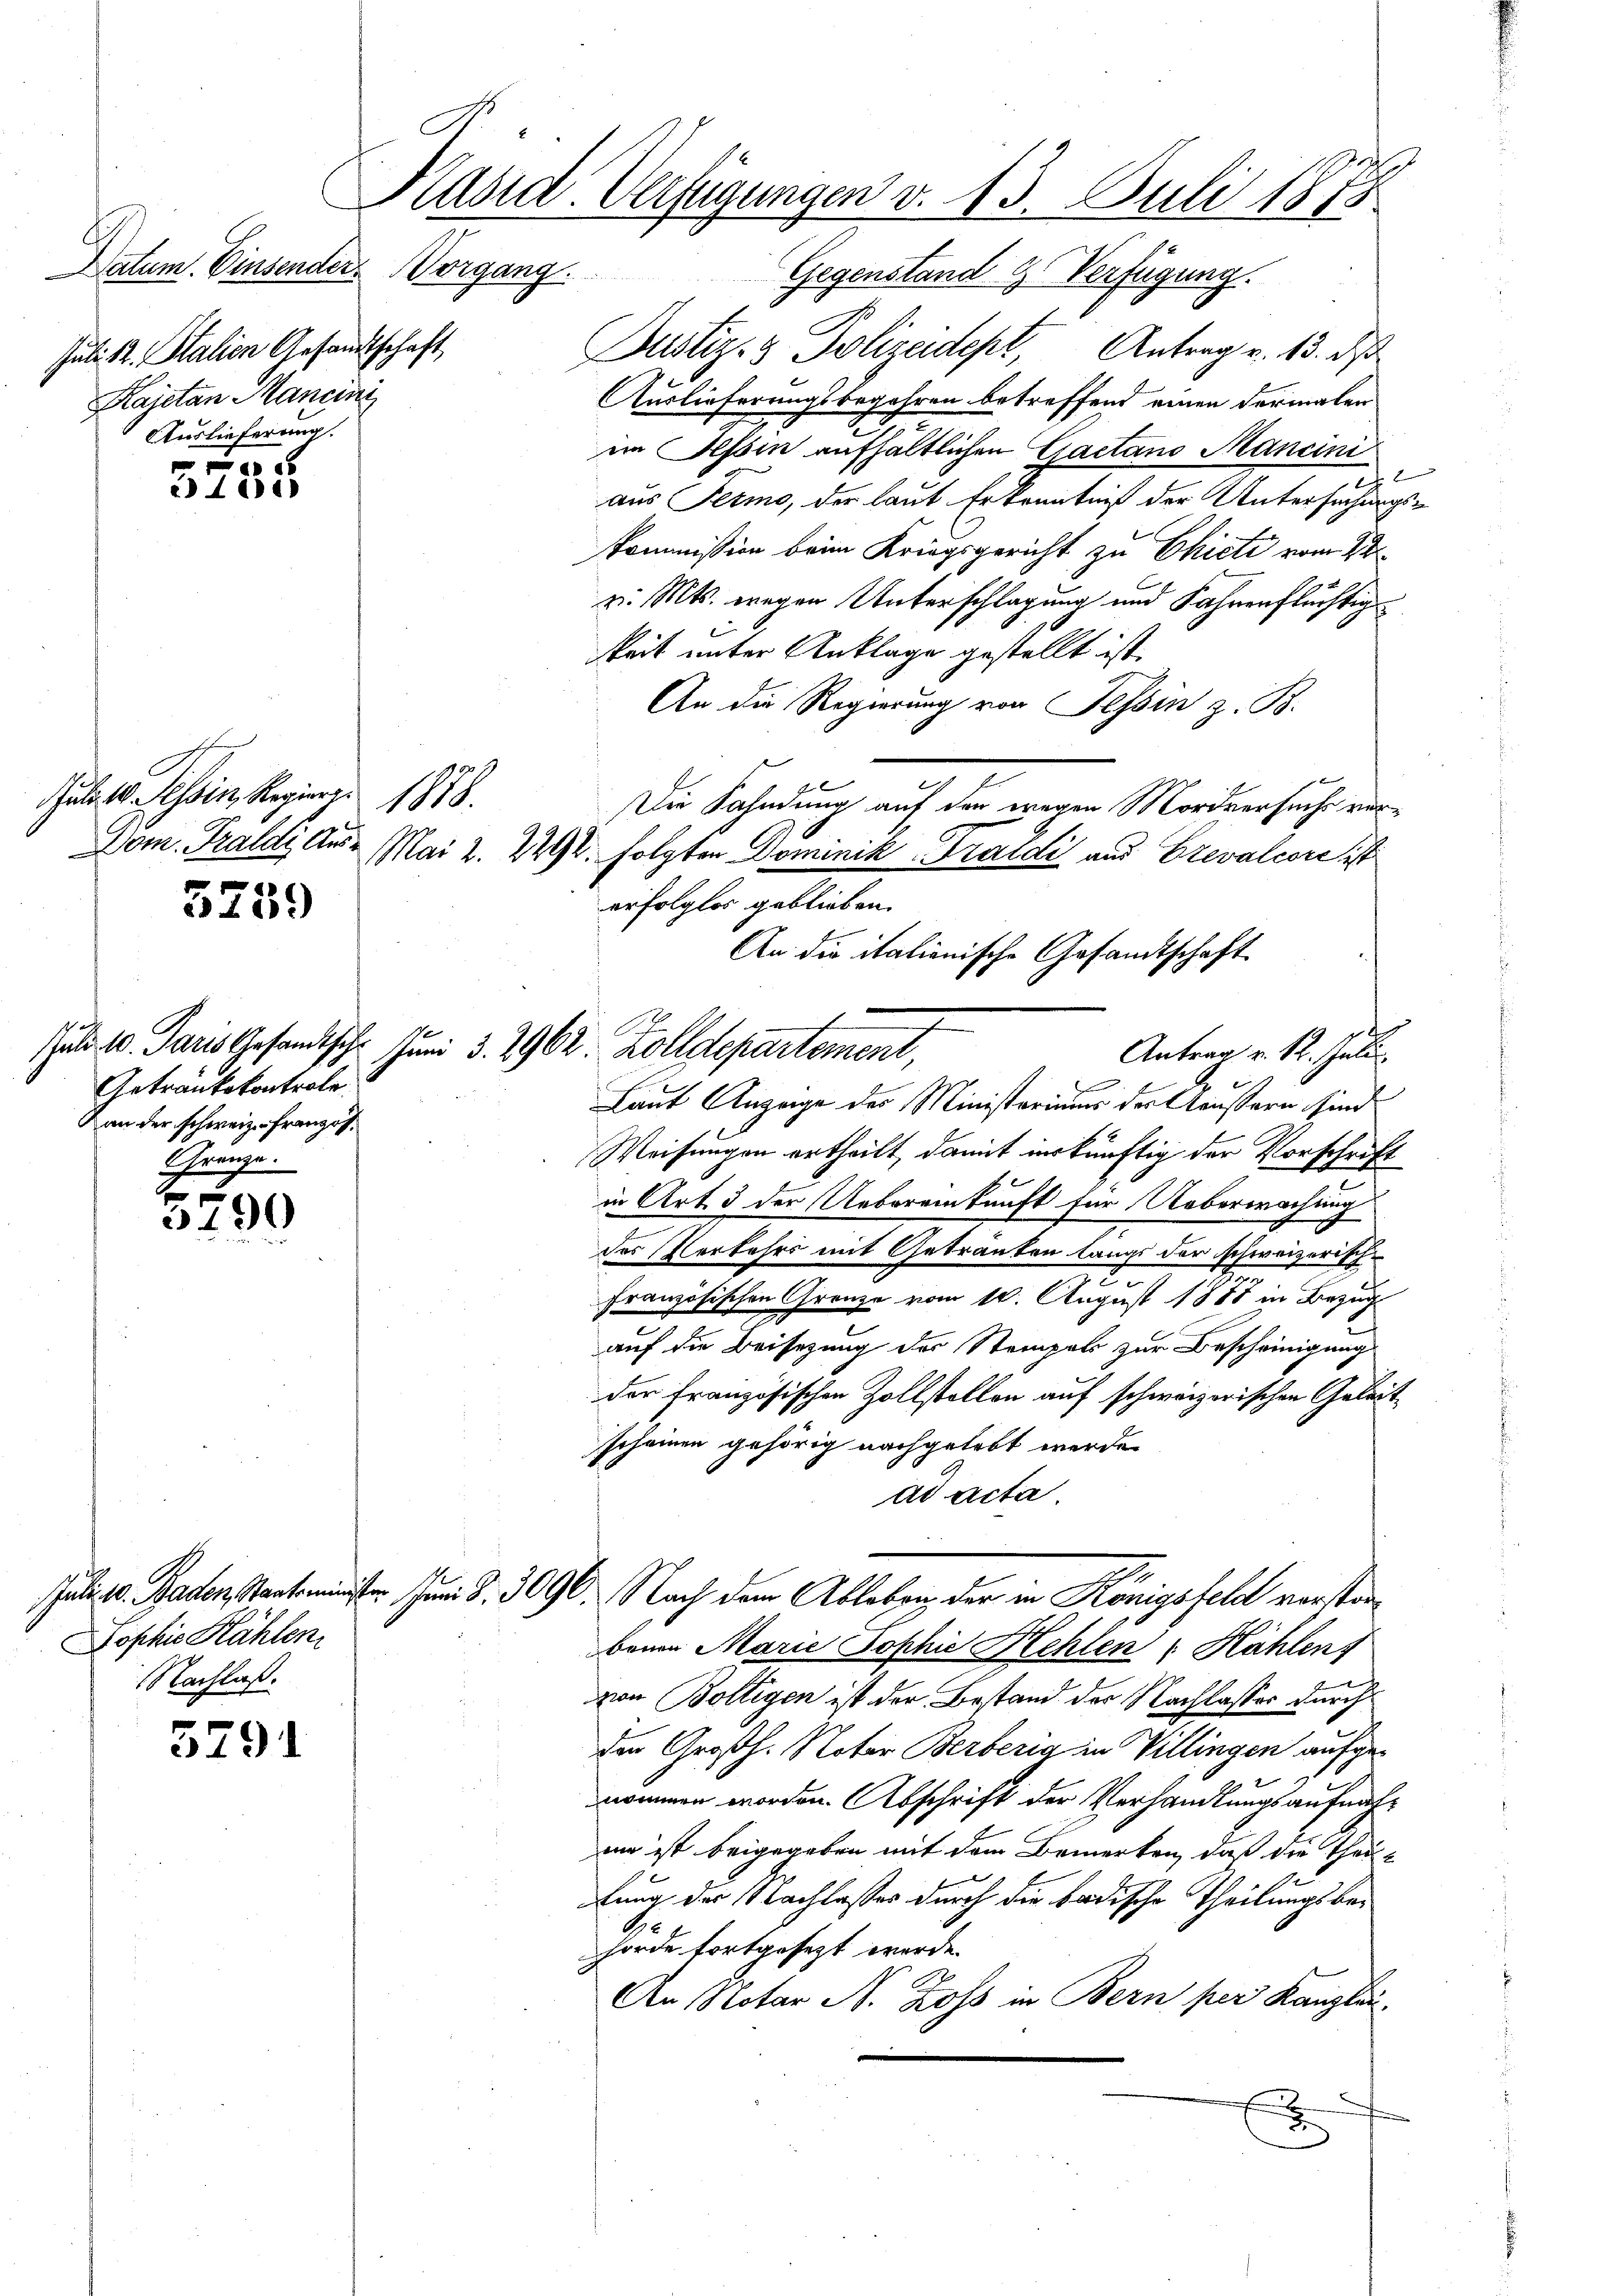
Datum. Einsender Vorgang.
Juli K. Stalien Gesandtschaft,
Kajetan Mancini
Auslieferung.

0 x
 401)

Juli 10. Tessin, Regierg
Dom. Traldi Aus¬
Mai 2.

5
234. 559

Getränkskontrole
Von der schweiz. Französ.
Gränze.

5
3790

Dophie Hählen.
NNachlaß.

5791

Käsid. Verfügungen v. 13. Juli 1873

1

suls 10. Paris Gesandtsch. Juni 3. 7962. Zolldepartement,

An die italienische Gesandtschaft
Be
Antrag v. 12. Juli.

Gegenstand H. Verfügung.
Justiz- & Polizeidept, Antrag v. 13. ds
Auslieferungsbegehren betreffend einen dermalen
im Tessin aufhältlichen Gaetano Mancini
aus Fermo, der laut Erkenntniß der Untersuchung
Kommission beim Kriegsgericht zu Chicti vom 22
z. Mts. wegen Unterschlagung und Jahrenflüchtig
keit unter Anklage gestellt ist.
An die Regierung von Tessin z. B.
Die Fahndung auf den wegen Mordversuchs vor¬
2292. folgten Dominik -Praldi aus Brevalcore ist
erfolglos geblieben.
Laut Anzeige des Ministeriums der Aeußern sind
Weisungen ertheilt, damit inskünftig der Vorschrift
in Art. 3 der Uebereinkunft für Ueberwachung
des Verkehrs mit Getrauten langs der schweizerische
Französischen Grenze vom 10. August 1888 in Bezug
auf die Beisezung des Stempels zur Bescheinigung
der französischen Zollstellen auf schweizerischen Geleitscheinen gehörig nachgelebt werde.
ad acta.
 Patent J. S. 3090. Nach dem Ableben der in Königsfeld vorstanbenen Marie Sophie Kehlen Hählenf
von Boltigen ist der Bestand der Nachlasses durchden Großh. Noter Berberia in Villingen aufgenommen worden. Abschrift der Verhandlungsaufnahun ist beigegeben mit dem Bemerken, daß die Theil-
lung der Nachlasser durch die badische Theilungsbehörde fortgesezt werde.
An Notar N. Ross in Bern per Kanzlei
x